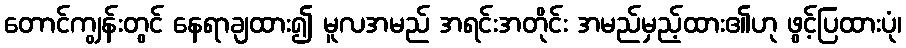
တောင်ကျွန်းတွင် နေရာချထား၍ မူလအမည် အရင်းအတိုင်း အမည်မှည့်ထား၏ဟု ဖွင့်ပြထားပုံ၊